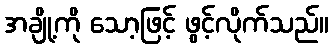
အချို့ကို သော့ဖြင့် ဖွင့်လိုက်သည်။